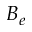
B _ { e }